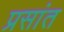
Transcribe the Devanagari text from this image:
प्रसांत